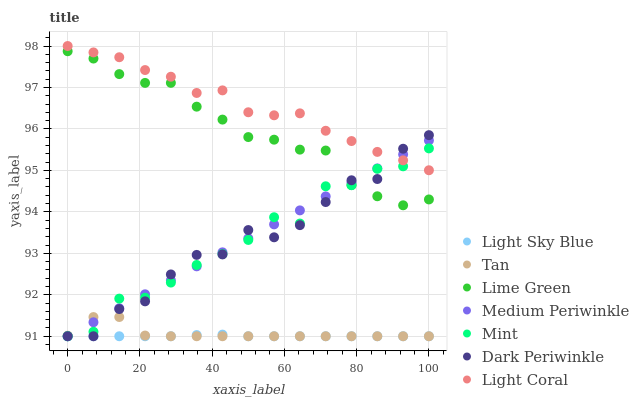
| xaxis_label | Light Sky Blue | Tan | Lime Green | Medium Periwinkle | Mint | Dark Periwinkle | Light Coral |
 | --- | --- | --- | --- | --- | --- | --- | --- |
 | 0 | 91 | 91 | 97.9 | 91 | 91 | 91 | 98 |
 | 7.14 | 91 | 91.5 | 97.7 | 91.3 | 91.1 | 91 | 97.8 |
 | 14.3 | 91 | 91.5 | 97.3 | 91.7 | 91.9 | 91.7 | 97.7 |
 | 21.4 | 91 | 91 | 97.1 | 92 | 91.9 | 91.8 | 97.4 |
 | 28.6 | 91 | 91 | 97.1 | 92.3 | 92.3 | 92.5 | 97.3 |
 | 35.7 | 91 | 91 | 96.5 | 92.7 | 92.7 | 93 | 96.9 |
 | 42.9 | 91 | 91 | 96.2 | 93 | 93 | 93 | 96.9 |
 | 50 | 91 | 91 | 95.8 | 93.4 | 93.3 | 93.6 | 96.4 |
 | 57.1 | 91 | 91 | 95.7 | 93.7 | 93.9 | 93.4 | 96.3 |
 | 64.3 | 91 | 91 | 95.5 | 94 | 93.7 | 93.7 | 96.4 |
 | 71.4 | 91 | 91 | 95.5 | 94.4 | 94.6 | 94.2 | 96 |
 | 78.6 | 91 | 91 | 94.6 | 94.7 | 94.6 | 94.8 | 95.7 |
 | 85.7 | 91 | 91 | 94.4 | 95 | 95 | 94.8 | 95.4 |
 | 92.9 | 91 | 91 | 94.2 | 95.4 | 95.1 | 95.5 | 95.2 |
 | 100 | 91 | 91 | 94.3 | 95.7 | 95.5 | 95.9 | 95 |